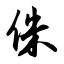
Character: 侏